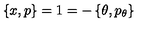
\left\{ x , p \right\} = 1 = - \left\{ \theta , p _ { \theta } \right\}